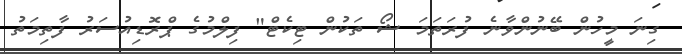
ގިނަ މީހުން ބޭނުންވާނެ ފުރަތަމަ ޝޯ ތަކުން ޓިކެޓް" ފިލްމުގެ ޕްރޮޑިއުސަރު ފާތިމަތު